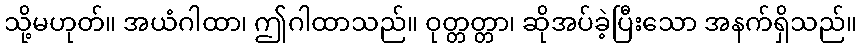
သို့မဟုတ်။ အယံဂါထာ၊ ဤဂါထာသည်။ ဝုတ္တတ္တာ၊ ဆိုအပ်ခဲ့ပြီးသော အနက်ရှိသည်။